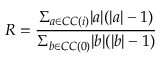
R = \frac { \Sigma _ { a \in C C ( i ) } | a | ( | a | - 1 ) } { \Sigma _ { b \in C C ( 0 ) } | b | ( | b | - 1 ) }